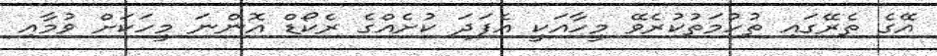
އޭގެ ތެރޭގައި ތުހުމަތުކުރެވޭ މީހާއަކީ އެފަދަ ކުށެއްގެ ރެކޯޑް އޮންނަ މީހަކަށް ވުމާއި